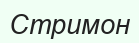
Стримон